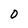
Character: 0